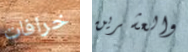
خرافات والعشرين